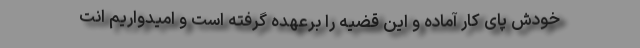
خودش پای کار آماده و این قضیه را برعهده گرفته است و امیدواریم انت